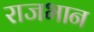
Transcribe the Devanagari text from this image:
राजभान